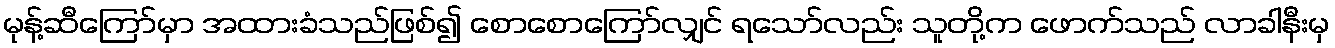
မုန့်ဆီကြော်မှာ အထားခံသည်ဖြစ်၍ စောစောကြော်လျှင် ရသော်လည်း သူတို့က ဖောက်သည် လာခါနီးမှ